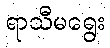
ရာသီမရွေး